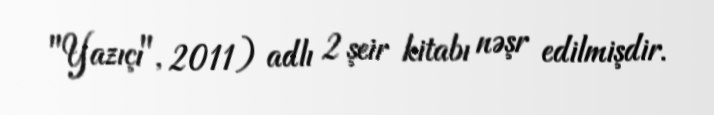
"Yazıçı", 2011) adlı 2 şeir kitabı nəşr edilmişdir.